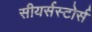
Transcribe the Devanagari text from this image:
सीयर्सस्‍टोर्स